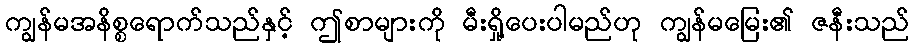
ကျွန်မအနိစ္စရောက်သည်နှင့် ဤစာများကို မီးရှို့ပေးပါမည်ဟု ကျွန်မမြေး၏ ဇနီးသည်